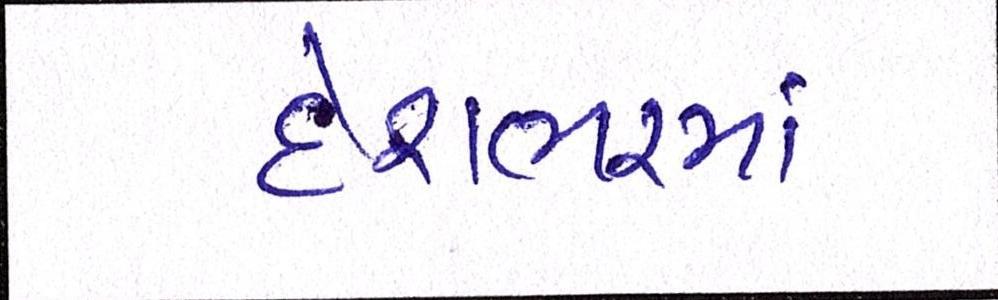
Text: દેશભરમાં